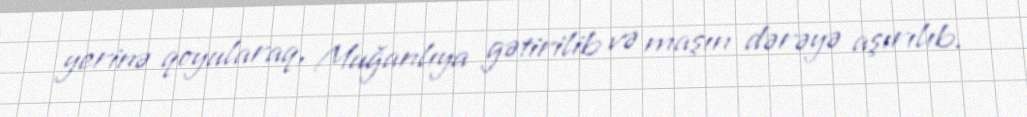
yerinə qoyularaq, Muğanlıya gətirilib və maşın dərəyə aşırılıb.